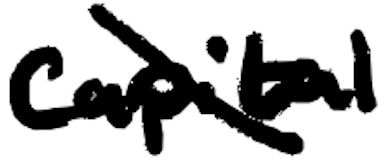
Text: capital
Cross-out: diagonal
Writing tool: digital_black